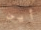
أين